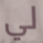
لي